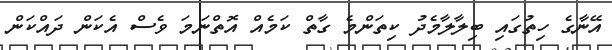
އޭނާގެ ހިތުގައި ބިލާލާމެދު ކިތަންމެ ގާތް ކަމެއް އޮތްނަމަ ވެސް އެކަން ދައްކަން